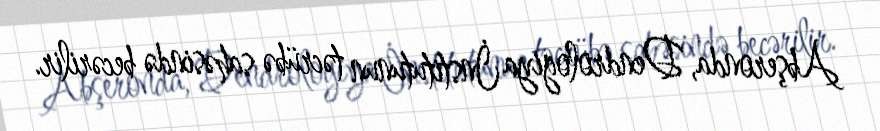
Abşeronda, Dendrologiya İnstitutunun təcrübə sahəsində becərilir.